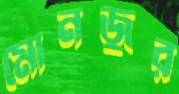
মোনজুর